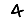
Digit: 4